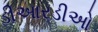
ડીઆરડીઓ